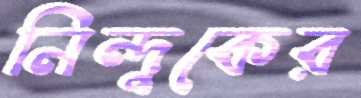
নিন্দুকের